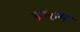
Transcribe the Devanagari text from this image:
ब्रम्हम